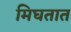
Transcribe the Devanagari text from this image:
मिघतात